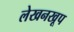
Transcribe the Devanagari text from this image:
लेखनखूप